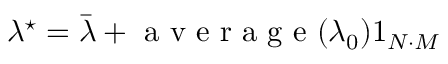
\lambda ^ { \star } = \bar { \lambda } + \mathrm { ~ a ~ v ~ e ~ r ~ a ~ g ~ e ~ } ( \lambda _ { 0 } ) 1 _ { N \cdot M }